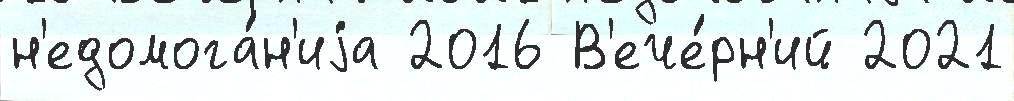
н'едомога́н'иjа 2016 В'ече́рн'ий 2021